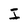
Character: I